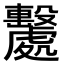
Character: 𣫦